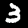
Label: 3